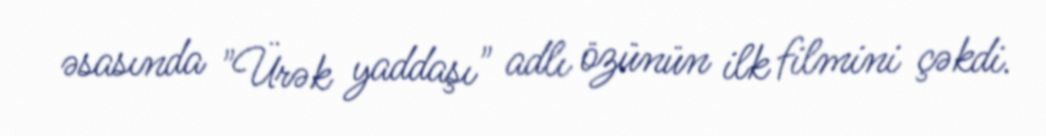
əsasında "Ürək yaddaşı" adlı özünün ilk filmini çəkdi.